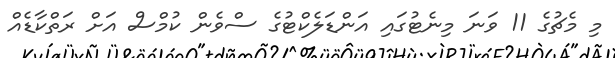
މި މެޗުގެ 11 ވަނަ މިނެޓުގައި އަންޑަލެކްޓުގެ ސްވެން ކުމްސް އަށް ރަތްކާޑެއް